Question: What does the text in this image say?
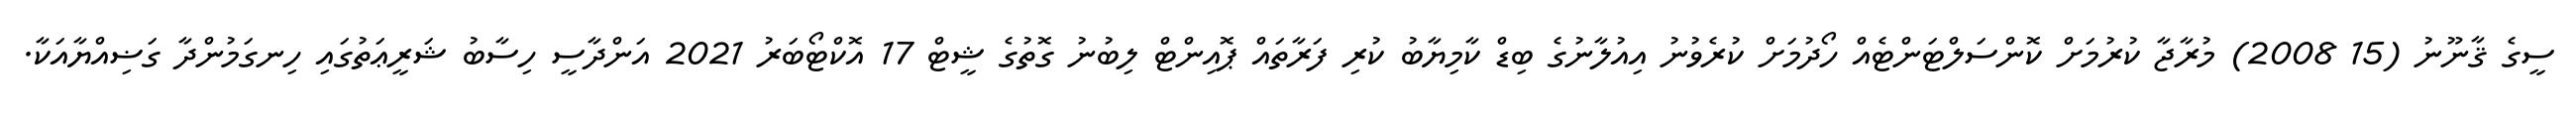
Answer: ސީގެ ޤާނޫނު (15 2008) މުރާޖާ ކުރުމަށް ކޮންސަލްޓަންޓެއް ހޯދުމަށް ކުރެވުނު އިއުލާނުގެ ބިޑް ކާމިޔާބު ކުރި ފަރާތައް ޕޮއިންޓް ލިބުނު ގޮތުގެ ޝީޓް 17 އޮކްޓޯބަރު 2021 އަންދާސީ ހިސާބު ޝަރީޢަތުގައި ހިނގަމުންދާ ގަޟިއްޔާއަކާ.